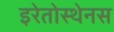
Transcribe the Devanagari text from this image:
इरेतोस्थेनस